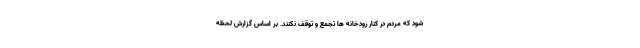
شود که مردم در کنار رودخانه ها تجمع و توقف نکنند. بر اساس گزارش لحظه